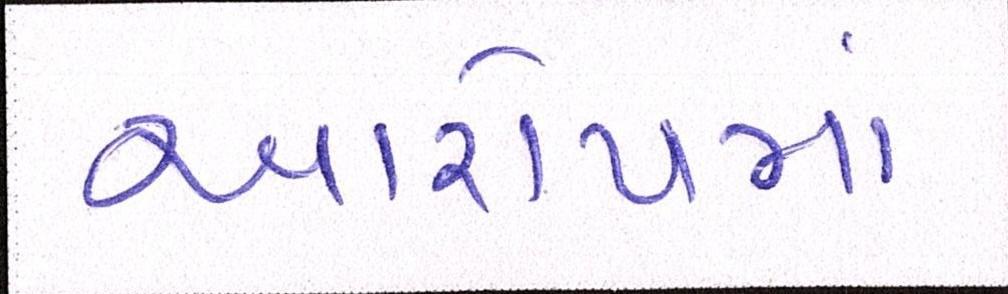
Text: આરોપમાં